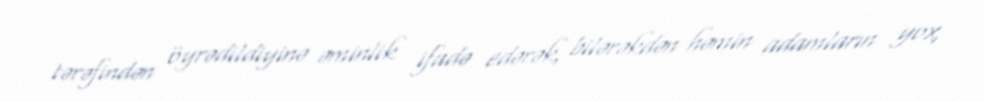
tərəfindən öyrədildiyinə əminlik ifadə edərək, bilərəkdən həmin adamların yox,